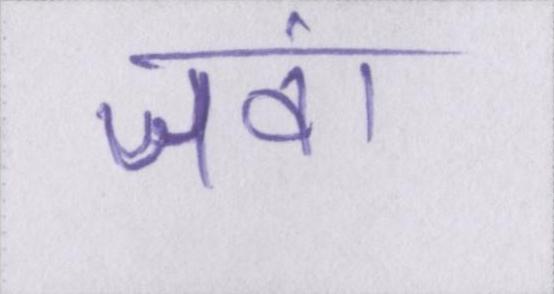
जवां